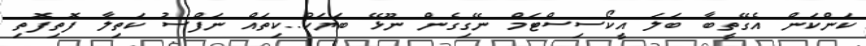
ކަންކަން އެގޭތީބާ ބަލަ އީކޯސިސްޓަމް ނޭގިގެން ނޫޅޭ ބަޔަކު..ކިތައް ނަފްސު ކަތިލާ ފޮތިފޮތި